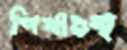
শিখাগুচ্ছ